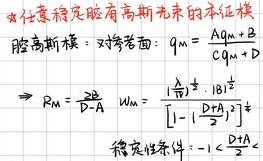
$$
\begin{align*}
& \text{女} \text{任意稳定腔有高斯光束的本征模}\\
& \text{腔高斯模：} \text{对参考面：} q_m = \frac{Aq_m + B}{Cq_m + D}\\
& \Rightarrow R_m = \frac{2D}{D - A} \quad w_{m} = \frac{\lambda|q_m|}{\pi}\frac{1}{\left[1 - \left(\frac{D + A}{2}\right)^2\right]^{\frac{1}{2}}}\\
& \text{稳定性条件：} -1 < \frac{D + A}{2} < 1
\end{align*}
$$